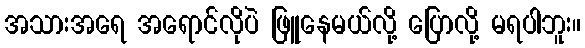
အသားအရေ အရောင်လိုပဲ ဖြူနေမယ်လို့ ပြောလို့ မရပါဘူး။